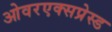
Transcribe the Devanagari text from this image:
ओवरएक्सप्रेस्ड